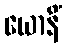
ယောနိံ